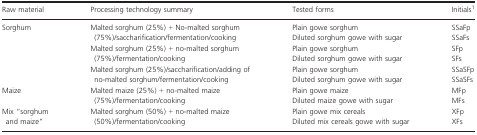
<table><thead><tr><td><b>Raw material</b></td><td><b>Processing technology summary</b></td><td><b>Tested forms</b></td><td><b>Initials1</b></td></tr></thead><tbody><tr><td rowspan="6">Sorghum</td><td rowspan="2">Malted sorghum (25%) + No-malted sorghum (75%)/saccharification/fermentation/cooking</td><td>Plain gowe sorghum</td><td>SSaFp</td></tr><tr><td>Diluted sorghum gowe with sugar</td><td>SSaFs</td></tr><tr><td rowspan="2">Malted sorghum (25%) + no-malted sorghum (75%)/fermentation/cooking</td><td>Plain gowe sorghum</td><td>SFp</td></tr><tr><td>Diluted sorghum gowe with sugar</td><td>SFs</td></tr><tr><td rowspan="2">Malted sorghum (25%)/saccharification/adding of no-malted sorghum/fermentation/cooking</td><td>Plain gowe sorghum</td><td>SSaSFp</td></tr><tr><td>Diluted sorghum gowe with sugar</td><td>SSaSFs</td></tr><tr><td rowspan="2">Maize</td><td rowspan="2">Malted maize (25%) + no-malted maize (75%)/fermentation/cooking</td><td>Plain gowe maize</td><td>MFp</td></tr><tr><td>Diluted maize gowe with sugar</td><td>MFs</td></tr><tr><td rowspan="2">Mix “sorghum and maize”</td><td rowspan="2">Malted sorghum (50%) + no-malted maize (50%)/fermentation/cooking</td><td>Plain gowe mix cereals</td><td>XFp</td></tr><tr><td>Diluted mix cereals gowe with sugar</td><td>XFs</td></tr></tbody></table>